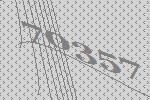
70357